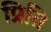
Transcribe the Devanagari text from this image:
प्रिति